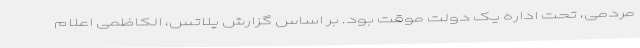
مردمی، تحت اداره یک دولت موقت بود. بر اساس گزارش پلاتس، الکاظمی اعلام